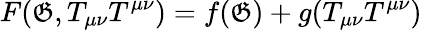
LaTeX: F(\mathfrak{G},T_{\mu\nu}T^{\mu\nu})=f(\mathfrak{G})+g(T_{\mu\nu}T^{\mu\nu})